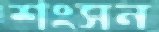
শংসন